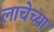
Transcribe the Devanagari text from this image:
लाचेच्या